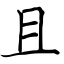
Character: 且